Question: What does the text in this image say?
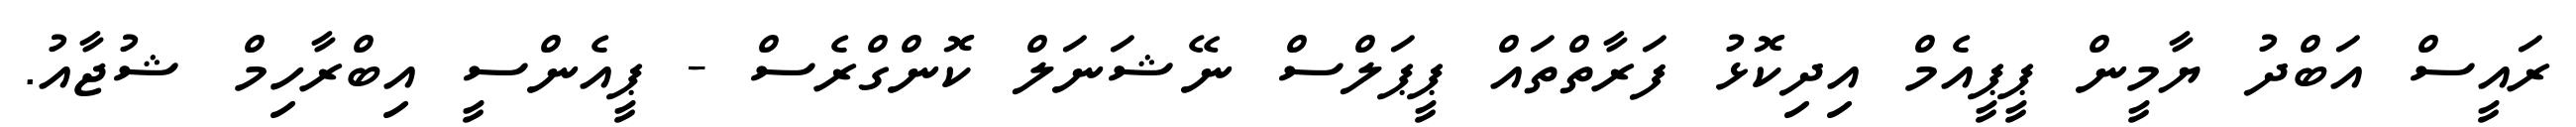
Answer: ރައީސް އަބްދު ޔާމީން ޕީޕީއެމް އިދިކޮޅު ފަރާތްތައް ޕީޕަލްސް ނޭޝަނަލް ކޮންގްރެސް - ޕީއެންސީ އިބްރާހިމް ޝުޖާއު.